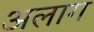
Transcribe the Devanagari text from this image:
अलाग